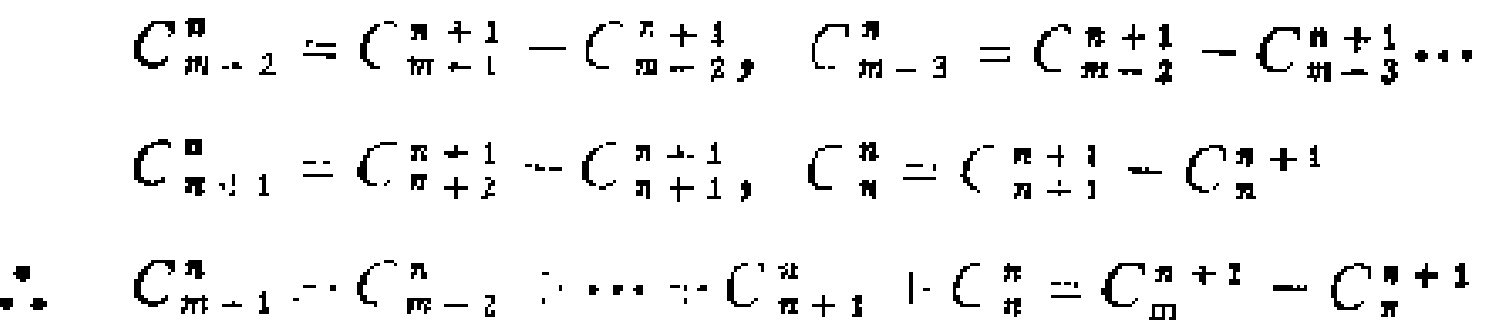
\[

\begin{align*}

C_{m - 2}^{n}&=C_{m - 1}^{n + 1}-C_{m - 2}^{n + 1},&C_{m - 3}^{n}&=C_{m - 2}^{n + 1}-C_{m - 3}^{n + 1}\cdots\\

C_{n + 1}^{n}&=C_{n + 2}^{n + 1}-C_{n + 1}^{n + 1},&C_{n}^{n}&=C_{n + 1}^{n + 1}-C_{n}^{n + 1}\\

\therefore C_{m - 1}^{n}+C_{m - 2}^{n}+\cdots +C_{n + 1}^{n}+C_{n}^{n}&=C_{m}^{n + 1}-C_{n}^{n + 1}

\end{align*}

\]